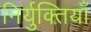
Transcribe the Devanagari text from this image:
निर्युक्तियाँ